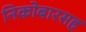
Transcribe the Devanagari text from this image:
निकोबारसह